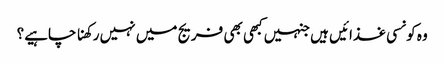
وہ کونسی غذائیں ہیں جنہیں کبھی بھی فریج میں نہیں رکھنا چاہیے؟